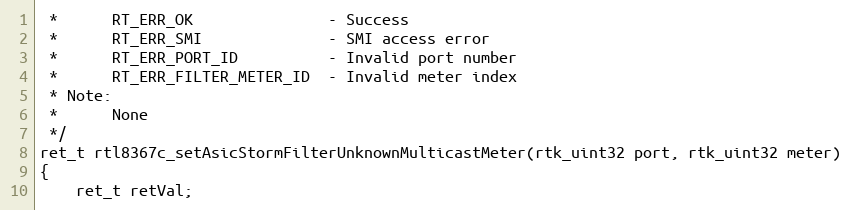
Language: C
 *      RT_ERR_OK               - Success
 *      RT_ERR_SMI              - SMI access error
 *      RT_ERR_PORT_ID          - Invalid port number
 *      RT_ERR_FILTER_METER_ID  - Invalid meter index
 * Note:
 *      None
 */
ret_t rtl8367c_setAsicStormFilterUnknownMulticastMeter(rtk_uint32 port, rtk_uint32 meter)
{
    ret_t retVal;